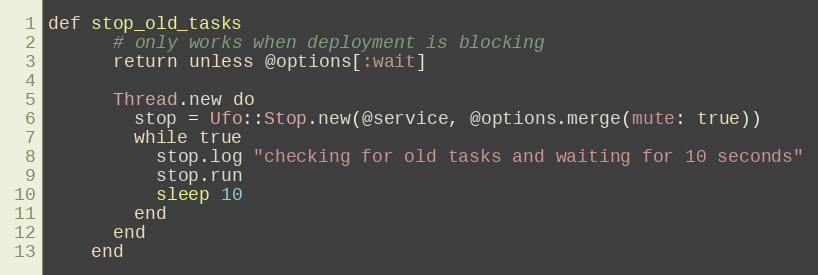
Language: Ruby
def stop_old_tasks
      # only works when deployment is blocking
      return unless @options[:wait]

      Thread.new do
        stop = Ufo::Stop.new(@service, @options.merge(mute: true))
        while true
          stop.log "checking for old tasks and waiting for 10 seconds"
          stop.run
          sleep 10
        end
      end
    end